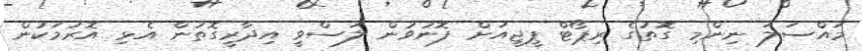
މައްސަލަ ނިންމި ގޮތުގެ ރިޕޯޓް ޕީޖީއަށް ފޮނުވުން ލަސްވީ އިދާރީގޮތުން އެޅި އޮރުމަކުން